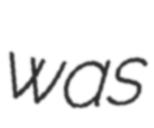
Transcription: was